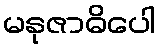
မနုဇာဓိပေါ